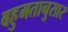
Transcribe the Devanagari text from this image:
बहुमतानुसार